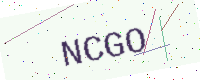
Text: NCGO